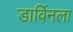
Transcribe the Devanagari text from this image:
डार्विनला